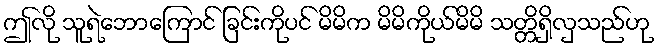
ဤလို သူရဲဘောကြောင် ခြင်းကိုပင် မိမိက မိမိကိုယ်မိမိ သတ္တိရှိလှသည်ဟု